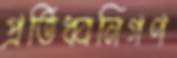
প্রতিধ্বনিগণ